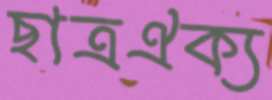
ছাত্রঐক্য